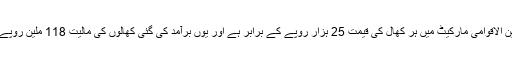
حکام کے مطابق بین الاقوامی مارکیٹ میں ہر کھال کی قیمت 25 ہزار روپے کے برابر ہے اور یوں برآمد کی گئی کھالوں کی مالیت 118 ملین روپے سے زائد بنتی ہے۔